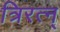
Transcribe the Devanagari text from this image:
त्रिरत्न्